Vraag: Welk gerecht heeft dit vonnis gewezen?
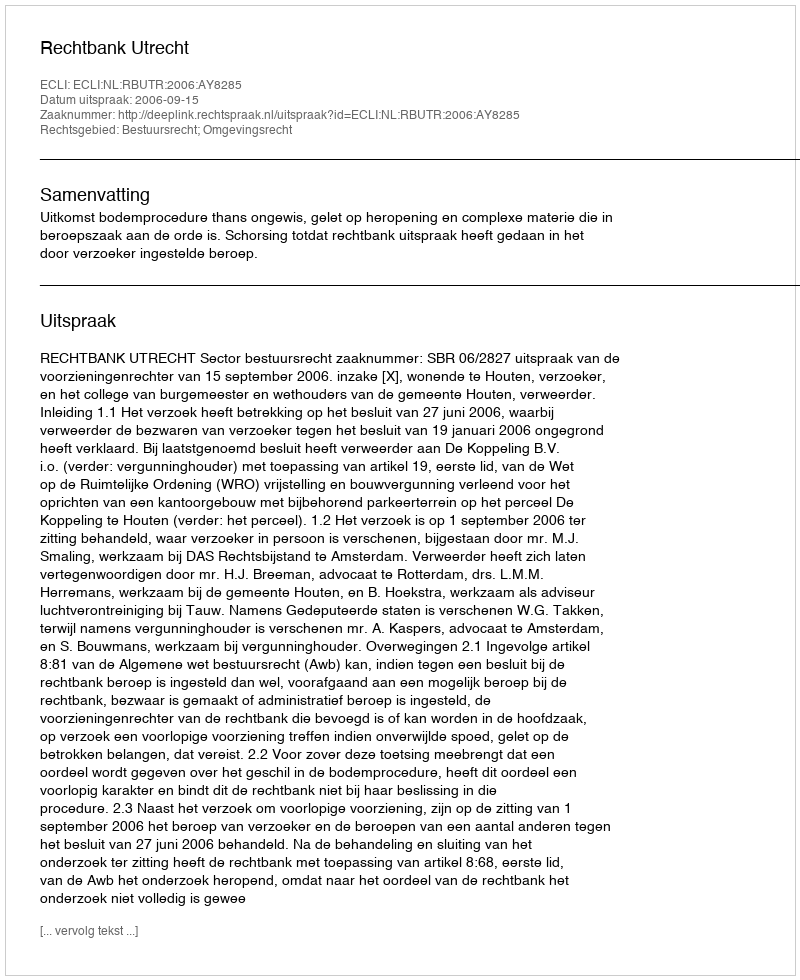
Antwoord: Rechtbank Utrecht